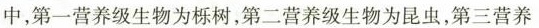
中，第一营养级生物为栎树，第二营养级生物为昆虫，第三营养